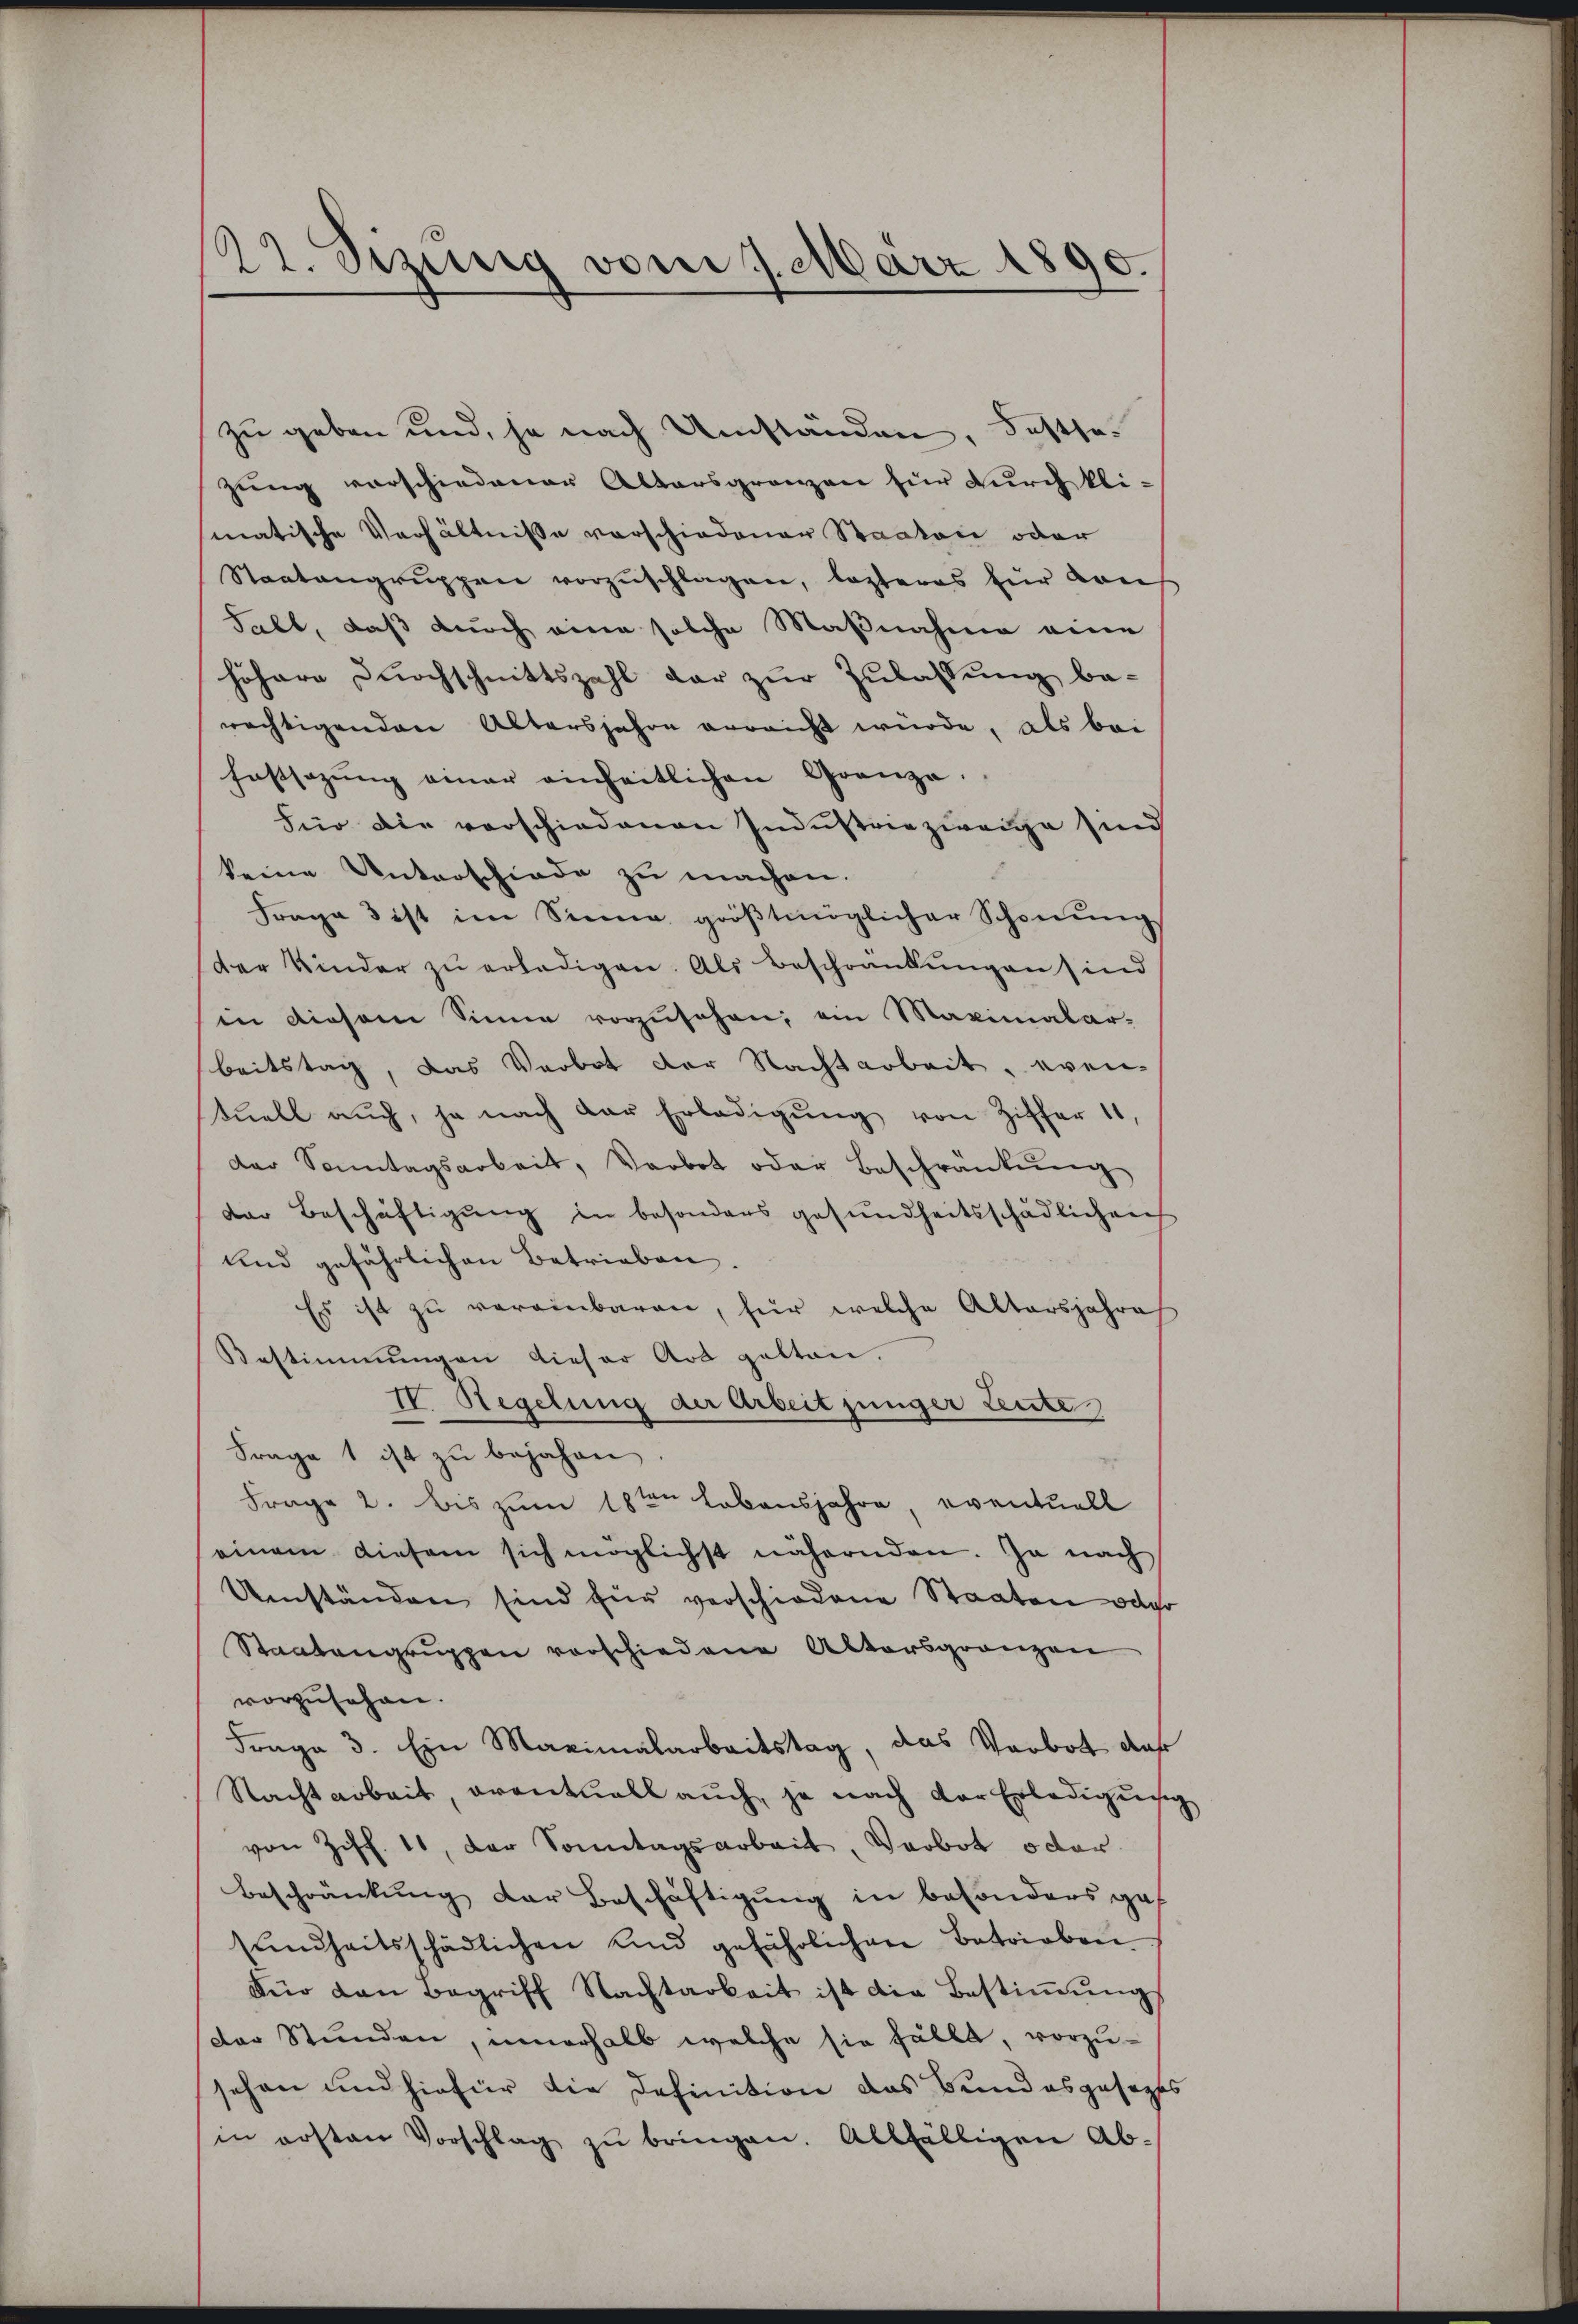
22. Sizung vom 7. März 1890.

zu geben und, ja nach Umständen, Festsezung vorschiedenen Altersgrenzen für durch kli-
matische Verhältnisse vorschiedenen Staaten oder
Staatengruppen vorzŭschlagen, lezteres für von
Sabt, daß durch eine solche Maßnahme eine
höhere Durchschnittszahl dar zur Zulassung berächtigenden Altersjahre erreicht würde, als bei
Festsezung einer einheitlichen Grenze.
Für die vorschiedenen Industriezwange sind
keine Unterschiede zu machen.
Frage 3 ist im Sinne größtmöglicher Schonung
der Kinder zŭ erledigen. Als Beschränkungen sind
in diesem Sinne vorzusehen, ein Maximalar-
beitstag, das Verbot der Nachtarbeit, even
stuell auch, ja nach dar Erledigŭng von Ziffer 11,
der Sonntagsarbeit, Verbot oder Beschränkŭng
der Beschäftigung in besonders gesundheitsschädlichen
Und gefährlichen Betrieben.
Es ist zu vereinbaren, für welche Altersjahre
Bestimmungen dieser Art gelten.
II. Regelung der Arbeit jünger Leute
Frage 1 ist zu bejahen
Frage 2. bis zum 18ten Lebensjahre, eventuell
einem diesem sich möglichst nähernden. Ja nach
Umständen sind für verschiedene Staaten oder
Staatengruppen vorschiedene Altersgränzen
vorzusehen.
Frage 3. Ein Maximalarbeitstag, das Verbot, daß
Nachtarbeit, eventuell auch, je nach der Erledigung
von Ziff. 11, der Sonntagsarbeit, Verbot oder
Beschränkung der Beschäftigŭng in besonders gesŭndheitsschädlichen und gefährlichen Betrieben
Für den Begriff Nachtarbeit ist die Bestiṁŭngs
der Stunden, innerhalb welche sie fällt, vorzu-
sehen und hiefür die Definition das Bundesgesezes
in ersten Vorschlag zŭ bringen. Allfälligen Ab-